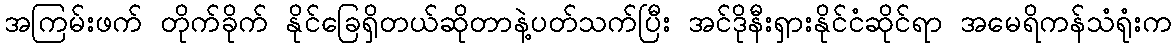
အကြမ်းဖက် တိုက်ခိုက် နိုင်ခြေရှိတယ်ဆိုတာနဲ့ပတ်သက်ပြီး အင်ဒိုနီးရှားနိုင်ငံဆိုင်ရာ အမေရိကန်သံရုံးက